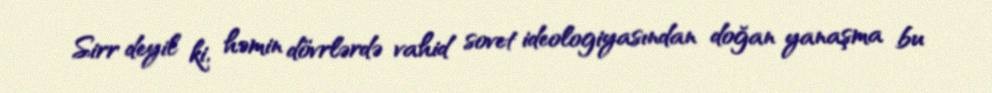
Sirr deyil ki, həmin dövrlərdə vahid sovet ideologiyasından doğan yanaşma bu